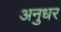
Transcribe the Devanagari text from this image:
अनुधर